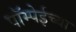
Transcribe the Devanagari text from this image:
पॉम्पेईच्या